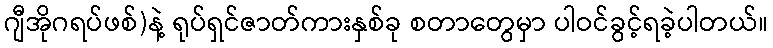
ဂျီအိုဂရပ်ဖစ်)နဲ့ ရုပ်ရှင်ဇာတ်ကားနှစ်ခု စတာတွေမှာ ပါဝင်ခွင့်ရခဲ့ပါတယ်။